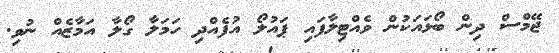
ޖޭމްސް ދިން ބޯޅައަކުން ވެއްޓިލާފައި ޕައުލޯ އުފެއްދި ހަމަލާ ގޯލާ އަމާޒެއް ނުވި.